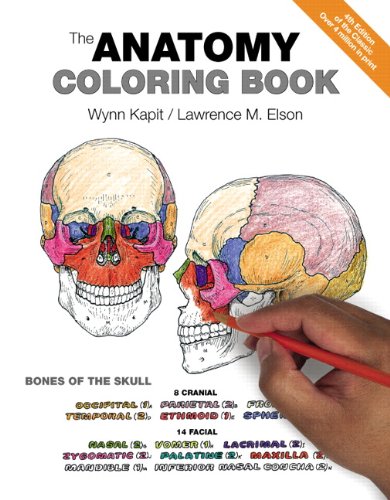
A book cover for The Anatomy Coloring Book; Wynn Kapit; Humor & Entertainment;